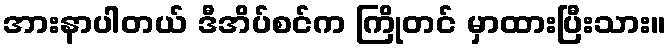
အားနာပါတယ် ဒီအိပ်စင်က ကြိုတင် မှာထားပြီးသား။